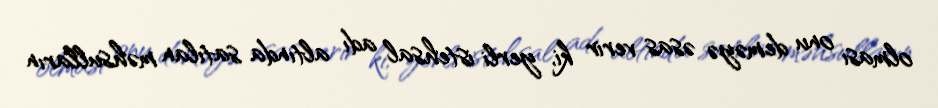
olması onu deməyə əsas verir ki, yerli istehsal adı altında satılan məhsulların